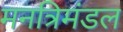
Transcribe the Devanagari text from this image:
मनत्रिमंडल